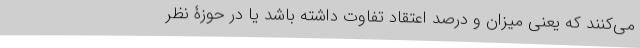
می‌کنند که یعنی میزان و درصد اعتقاد تفاوت داشته باشد یا در حوزۀ نظر